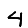
Digit: 4